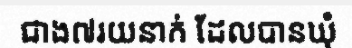
ជាង៧រយនាក់ ដែលបានឃុំ